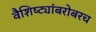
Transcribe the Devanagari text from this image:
वैशिष्ट्यांबरोबरच